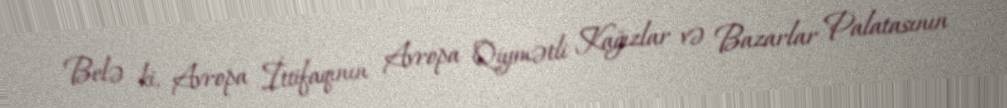
Belə ki, Avropa İttifaqının Avropa Qiymətli Kağızlar və Bazarlar Palatasının